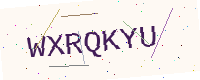
Text: WXRQKYU